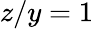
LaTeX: z/y=1